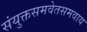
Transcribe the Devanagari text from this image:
संयुक्तसमवेतसमवाय